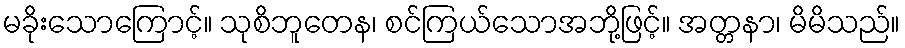
မခိုးသောကြောင့်။ သုစိဘူတေန၊ စင်ကြယ်သောအဘို့ဖြင့်။ အတ္တနာ၊ မိမိသည်။